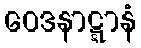
ဝေဒနာဋ္ဋာနံ